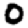
Digit: 0